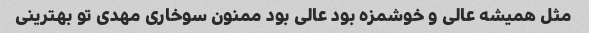
مثل همیشه عالی و خوشمزه بود عالی بود ممنون سوخاری مهدی تو بهترینی